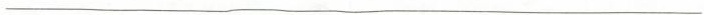
___